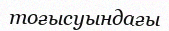
тоғысуындағы